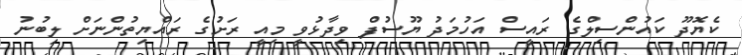
ކެޔޮދޫ ކައުންސިލްގެ ރައީސް އަހުމަދު ޔޫސުފް ވިދާޅުވީ މިއީ ރަށުގެ ރައްޔިތުންނަށް ލިބުނު